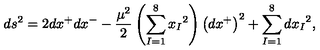
d s ^ { 2 } = 2 d x ^ { + } d x ^ { - } - \frac { \mu ^ { 2 } } { 2 } \left( \sum _ { I = 1 } ^ { 8 } { x _ { I } } ^ { 2 } \right) \left( d x ^ { + } \right) ^ { 2 } + \sum _ { I = 1 } ^ { 8 } { d x _ { I } } ^ { 2 } ,